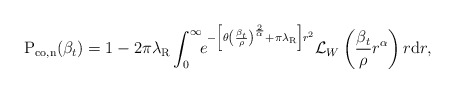
\begin{align*} \textrm{P}_{\textrm{co},\textrm{n}} (\beta_t) = 1- 2 \pi \lambda_\textrm{R} \int_{0}^{\infty} \!\! e^ {- \left[ \theta \left(\frac{\beta_t}{\rho}\right)^{\frac{2}{\alpha}} +\pi \lambda_\textrm{R} \right] r^2} \mathcal{L}_{W} \left( \frac{\beta_t}{\rho} r^\alpha \right) r \mathrm{d}{r},\end{align*}